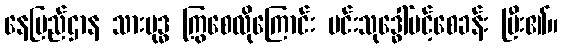
နေပြည်ဌာန သားဗုဒ္ဓ ကြွစေလိုကြောင်း မင်းသုဒ္ဓေါ်ပင့်စေခန်း ပြီး၏။